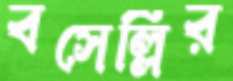
বসেল্লির